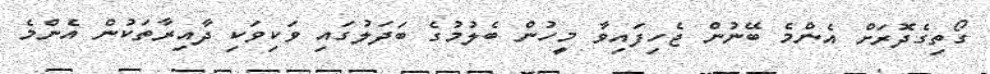
ގޯތިގެދޮރަށް އެންމެ ބޭނުން ޖެހިފައިވާ މީހުން ބެލުމުގެ ބަދަލުގައި ވަކިވަކި ދާއިރާތަކުން އެންމެ